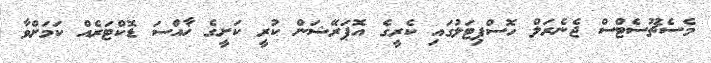
މެސެޗޫސެޓްސް ޖެނެރަލް ހޮސްޕިޓަލުގައި ކެރީގެ އޮޕަރޭޝަން ކުރީ ކަށީގެ ޚާއްސަ ޑޮކްޓަރެއް ކަމަށްވާ